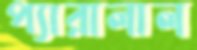
প্যারালাল